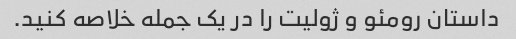
داستان رومئو و ژولیت را در یک جمله خلاصه کنید.